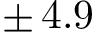
\pm \, 4 . 9